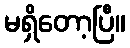
မရှိတော့ပြီ။